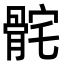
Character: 䯔